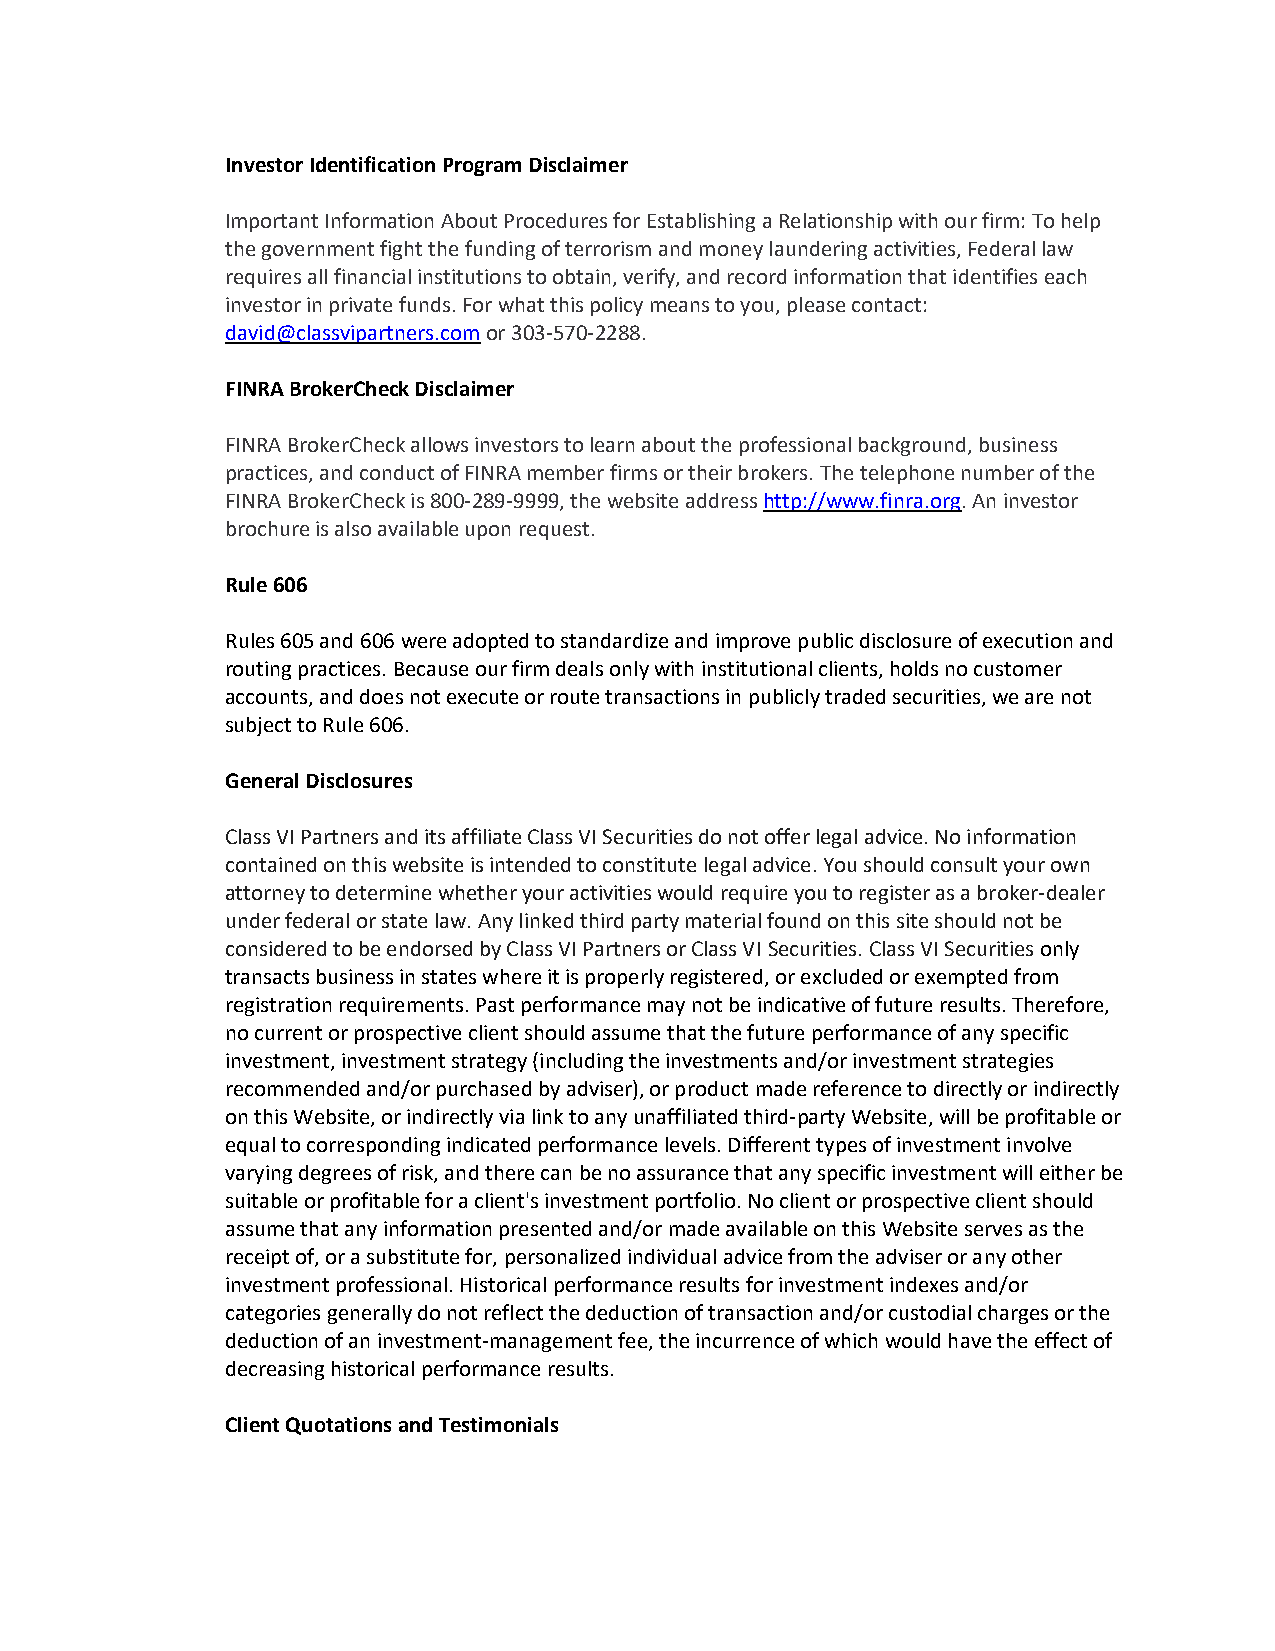
Investor Identification Program Disclaimer
 Important Information About Procedures for Establishing a Relationship with our firm: To help
 the government fight the funding of terrorism and money laundering activities, Federal law
 requires all financial institutions to obtain, verify, and record information that identifies each
 investor in private funds. For what this policy means to you, please contact:
 david@classvipartners.com or 303-570-2288.
 FINRA BrokerCheck Disclaimer
 FINRA BrokerCheck allows investors to learn about the professional background, business
 practices, and conduct of FINRA member firms or their brokers. The telephone number of the
 FINRA BrokerCheck is 800-289-9999, the website address http://www.finra.org. An investor
 brochure is also available upon request.
 Rule 606
 Rules 605 and 606 were adopted to standardize and improve public disclosure of execution and
 routing practices. Because our firm deals only with institutional clients, holds no customer
 accounts, and does not execute or route transactions in publicly traded securities, we are not
 subject to Rule 606.
 General Disclosures
 Class VI Partners and its affiliate Class VI Securities do not offer legal advice. No information
 contained on this website is intended to constitute legal advice. You should consult your own
 attorney to determine whether your activities would require you to register as a broker-dealer
 under federal or state law. Any linked third party material found on this site should not be
 considered to be endorsed by Class VI Partners or Class VI Securities. Class VI Securities only
 transacts business in states where it is properly registered, or excluded or exempted from
 registration requirements. Past performance may not be indicative of future results. Therefore,
 no current or prospective client should assume that the future performance of any specific
 investment, investment strategy (including the investments and/or investment strategies
 recommended and/or purchased by adviser), or product made reference to directly or indirectly
 on this Website, or indirectly via link to any unaffiliated third-party Website, will be profitable or
 equal to corresponding indicated performance levels. Different types of investment involve
 varying degrees of risk, and there can be no assurance that any specific investment will either be
 suitable or profitable for a client's investment portfolio. No client or prospective client should
 assume that any information presented and/or made available on this Website serves as the
 receipt of, or a substitute for, personalized individual advice from the adviser or any other
 investment professional. Historical performance results for investment indexes and/or
 categories generally do not reflect the deduction of transaction and/or custodial charges or the
 deduction of an investment-management fee, the incurrence of which would have the effect of
 decreasing historical performance results.
 Client Quotations and Testimonials